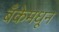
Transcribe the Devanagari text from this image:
बँकेमधून